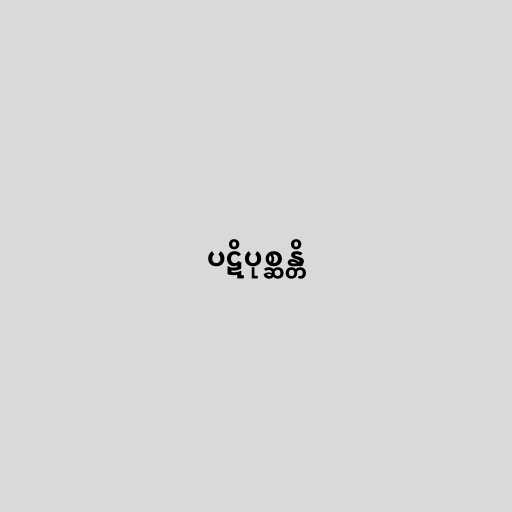
ပဋိပုစ္ဆန္တိ